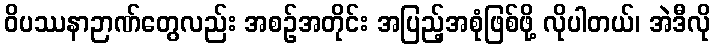
ဝိပဿနာဉာဏ်တွေလည်း အစဉ်အတိုင်း အပြည့်အစုံဖြစ်ဖို့ လိုပါတယ်၊ အဲဒီလို